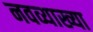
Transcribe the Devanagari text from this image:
नवव्याख्या